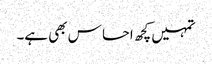
تمہیں کچھ احسا س بھی ہے۔